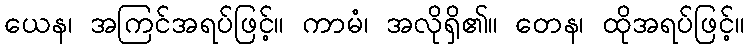
ယေန၊ အကြင်အရပ်ဖြင့်။ ကာမံ၊ အလိုရှိ၏။ တေန၊ ထိုအရပ်ဖြင့်။